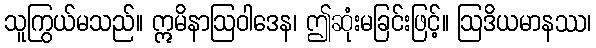
သူကြွယ်မသည်။ ဣမိနာဩဝါဒေန၊ ဤဆုံးမခြင်းဖြင့်။ ဩဒိယမာနဿ၊